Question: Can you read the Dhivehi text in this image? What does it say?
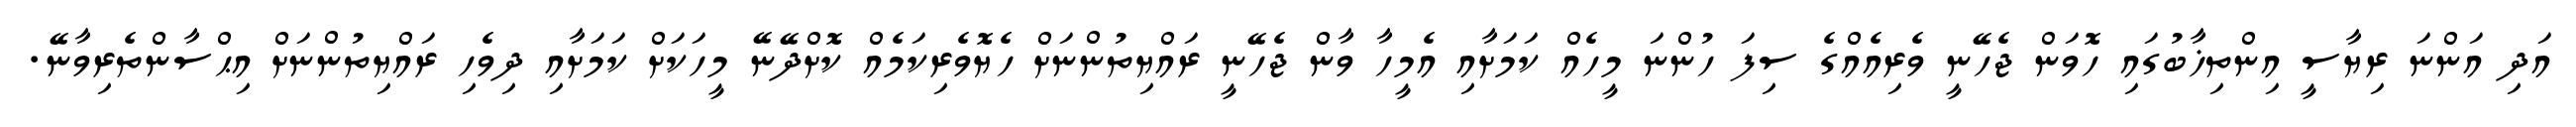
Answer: އަދި އަންނަ ރިޔާސީ އިންތިޚާބުގައި ހޮވަން ޖެހޭނީ ވެރިއެއްގެ ސިފަ ހުންނަ މީހެއް ކަމަށާއި އެމީހާ ވާން ޖެހޭނީ ރައްޔިތުންނަށް ހެޔޮވެރިކަމެއް ކޮށްދޭނޭ މީހަކަށް ކަމަށާއި ދިވެހި ރައްޔިތުންނަށް އިޙްސާންތެރިވާނޭ.